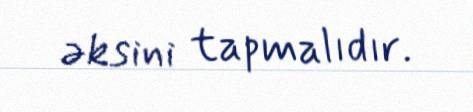
əksini tapmalıdır.